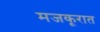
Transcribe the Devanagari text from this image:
मजकूरात